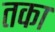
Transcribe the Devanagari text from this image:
तका